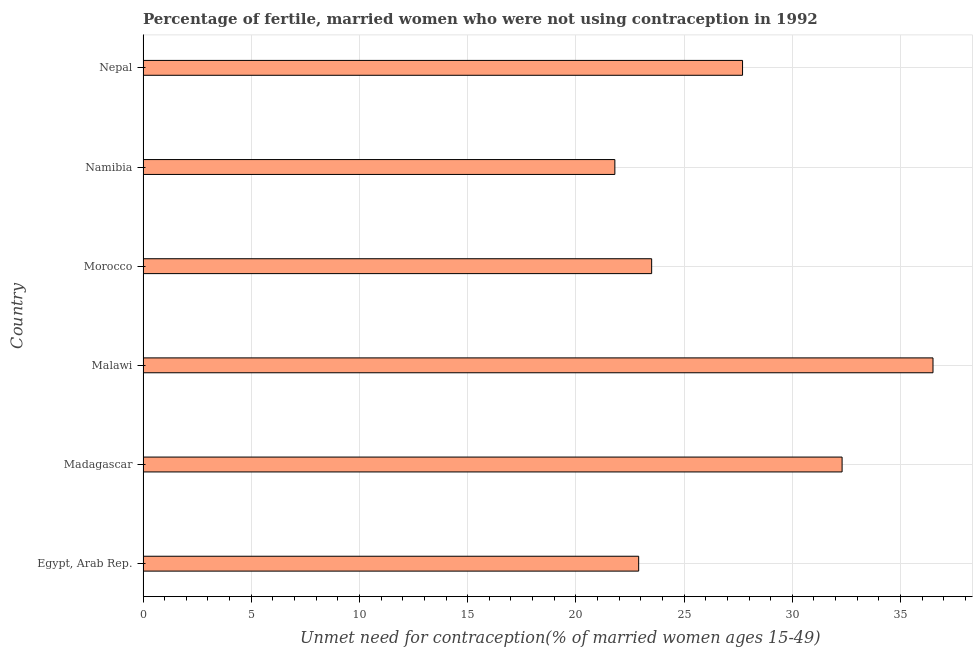
| Country | Unmet need for contraception |
 | --- | --- |
 | Egypt, Arab Rep. | 22.9 |
 | Madagascar | 32.3 |
 | Malawi | 36.5 |
 | Morocco | 23.5 |
 | Namibia | 21.8 |
 | Nepal | 27.7 |